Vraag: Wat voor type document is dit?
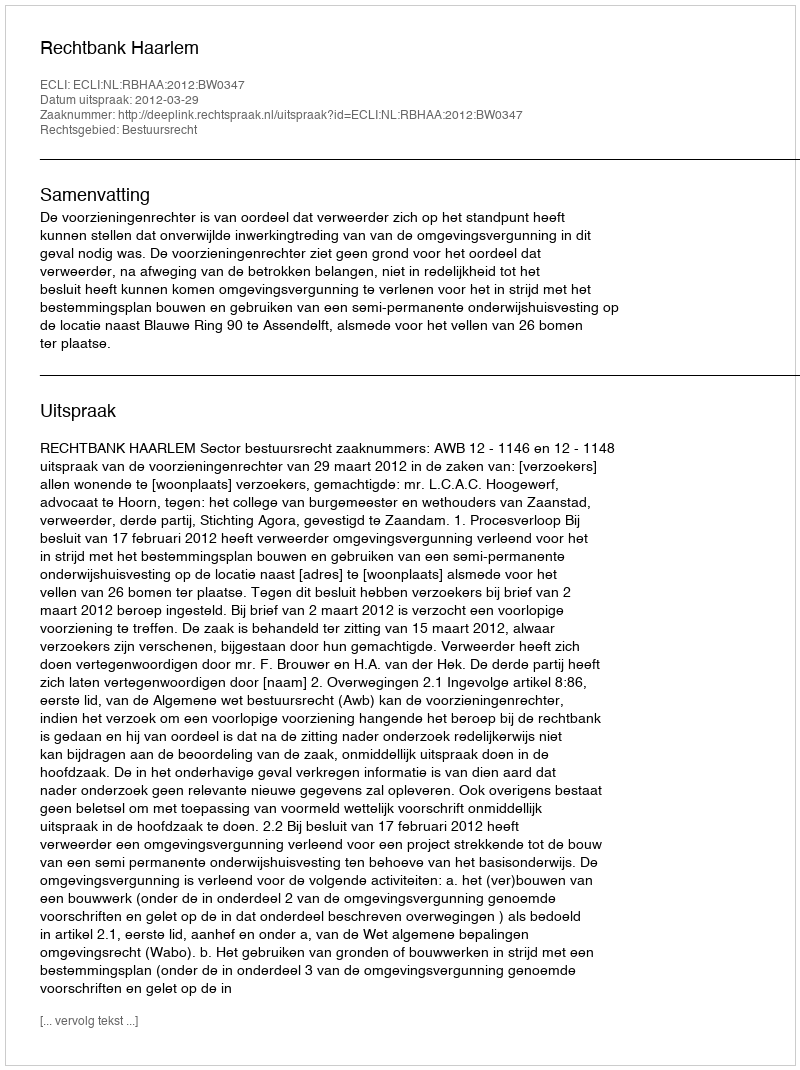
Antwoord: Uitspraak